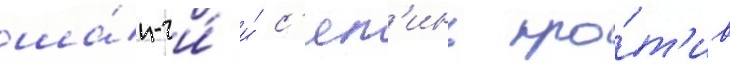
ша́н-чи́ и́ с'ял'инь про́т'ив